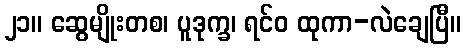
၂၁။ ဆွေမျိုးတစ၊ ပူဒုက္ခ၊ ရင်ဝ ထုကာ-လဲချေပြီ။